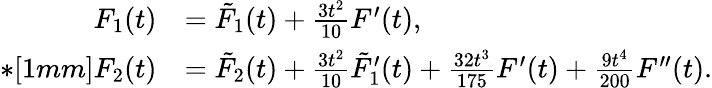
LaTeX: \begin{array}{rl}{F_{1}(t)}&{=\tilde{F}_{1}(t)+\frac{3t^{2}}{10}F^{\prime}(t),}\\ {*[1mm]F_{2}(t)}&{=\tilde{F}_{2}(t)+\frac{3t^{2}}{10}\tilde{F}_{1}^{\prime}(t)+\frac{32t^{3}}{175}F^{\prime}(t)+\frac{9t^{4}}{200}F^{\prime\prime}(t).}\end{array}